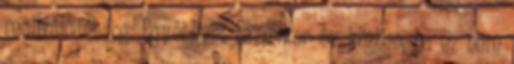
realizálódni fog. Egyébként bármikor év közben, ha ez nem